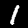
Digit: 1